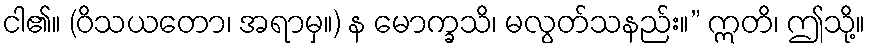
ငါ၏။ (ဝိသယတော၊ အရာမှ။) န မောက္ခသိ၊ မလွတ်သနည်း။” ဣတိ၊ ဤသို့။